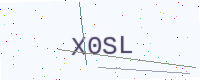
Text: X0SL